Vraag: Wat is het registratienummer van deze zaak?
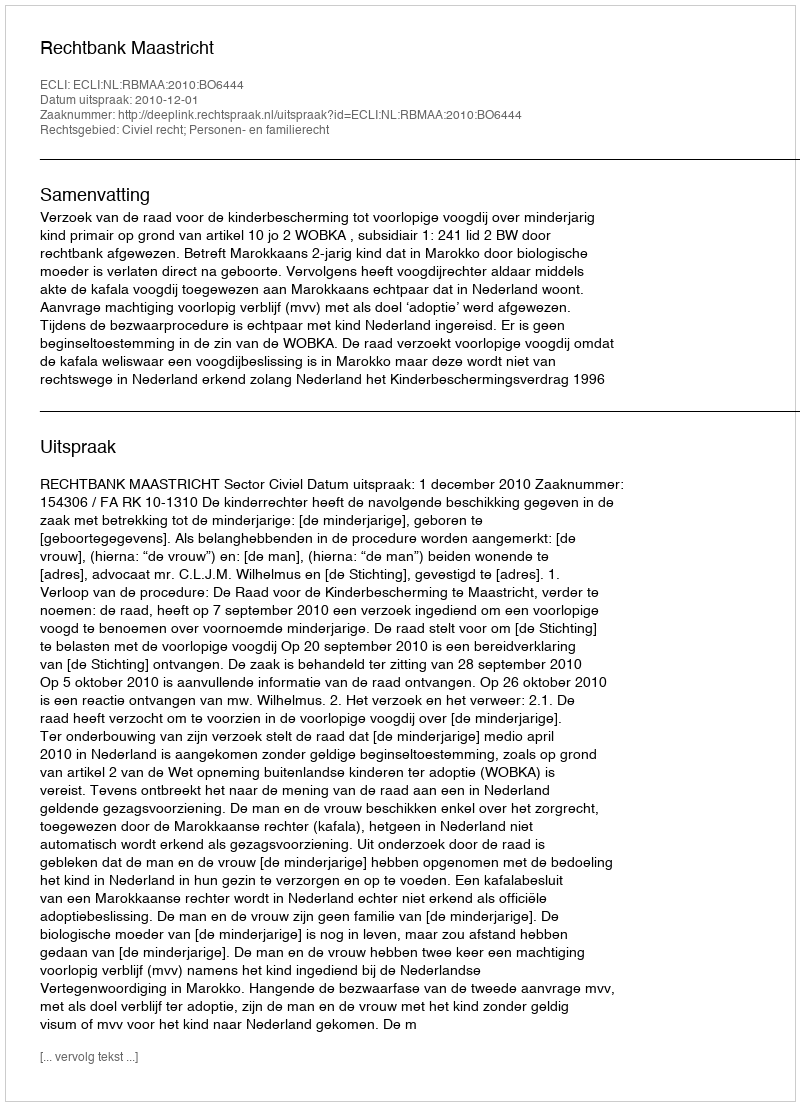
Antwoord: http://deeplink.rechtspraak.nl/uitspraak?id=ECLI:NL:RBMAA:2010:BO6444